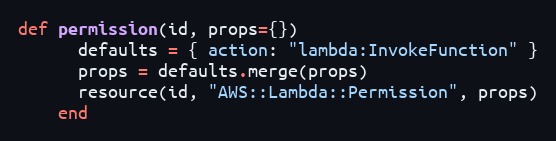
Language: Ruby
def permission(id, props={})
      defaults = { action: "lambda:InvokeFunction" }
      props = defaults.merge(props)
      resource(id, "AWS::Lambda::Permission", props)
    end